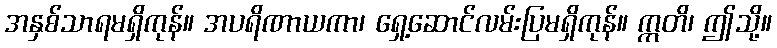
အနှစ်သာရမရှိကုန်။ အပရိဏာယကာ၊ ရှေ့ဆောင်လမ်းပြမရှိကုန်။ ဣတိ၊ ဤသို့။